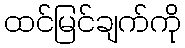
ထင်မြင်ချက်ကို